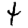
Digit: 4